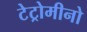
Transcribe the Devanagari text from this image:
टेट्रोमीनो